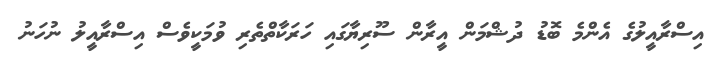
އިސްރާއީލުގެ އެންމެ ބޮޑު ދުޝްމަން އީރާން ސޫރިޔާގައި ހަރަކާތްތެރި ވުމަކީވެސް އިސްރާއީލު ނުހަނު